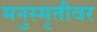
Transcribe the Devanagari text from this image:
मनुस्मृतीवर